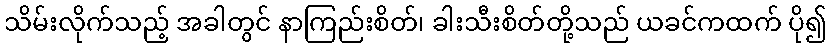
သိမ်းလိုက်သည့် အခါတွင် နာကြည်းစိတ်၊ ခါးသီးစိတ်တို့သည် ယခင်ကထက် ပို၍